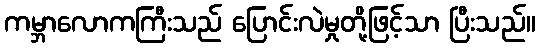
ကမ္ဘာလောကကြီးသည် ပြောင်းလဲမှုတို့ဖြင့်သာ ပြီးသည်။